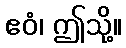
ဧဝံ၊ ဤသို့။